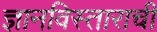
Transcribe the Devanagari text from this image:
ज्ञानविस्ताराची